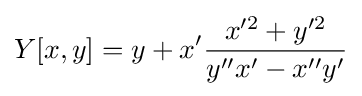
Y[x,y]=y+x'{\frac {x'^{2}+y'^{2}}{y''x'-x''y'}}